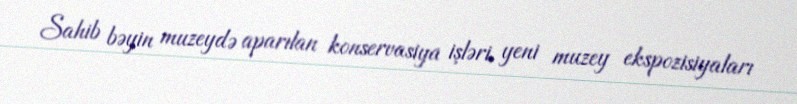
Sahib bəyin muzeydə aparılan konservasiya işləri, yeni muzey ekspozisiyaları